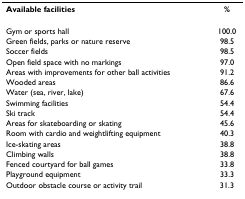
<table><thead><tr><td><b>Available facilities</b></td><td><b>%</b></td></tr></thead><tbody><tr><td>Gym or sports hall</td><td>100.0</td></tr><tr><td>Green fields, parks or nature reserve</td><td>98.5</td></tr><tr><td>Soccer fields</td><td>98.5</td></tr><tr><td>Open field space with no markings</td><td>97.0</td></tr><tr><td>Areas with improvements for other ball activities</td><td>91.2</td></tr><tr><td>Wooded areas</td><td>86.6</td></tr><tr><td>Water (sea, river, lake)</td><td>67.6</td></tr><tr><td>Swimming facilities</td><td>54.4</td></tr><tr><td>Ski track</td><td>54.4</td></tr><tr><td>Areas for skateboarding or skating</td><td>45.6</td></tr><tr><td>Room with cardio and weightlifting equipment</td><td>40.3</td></tr><tr><td>Ice-skating areas</td><td>38.8</td></tr><tr><td>Climbing walls</td><td>38.8</td></tr><tr><td>Fenced courtyard for ball games</td><td>33.8</td></tr><tr><td>Playground equipment</td><td>33.3</td></tr><tr><td>Outdoor obstacle course or activity trail</td><td>31.3</td></tr></tbody></table>